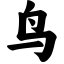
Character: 鸟